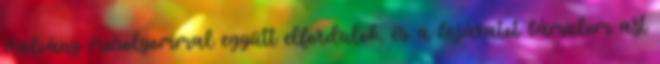
Halvány mosolyommal együtt elfordulok, és a bejáratot bámulom azt